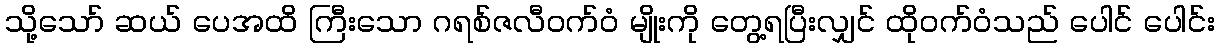
သို့သော် ဆယ် ပေအထိ ကြီးသော ဂရစ်ဇလီဝက်ဝံ မျိုးကို တွေ့ရပြီးလျှင် ထိုဝက်ဝံသည် ပေါင် ပေါင်း